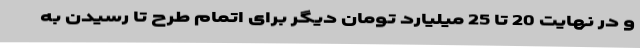
و در نهایت 20 تا 25 میلیارد تومان دیگر برای اتمام طرح تا رسیدن به